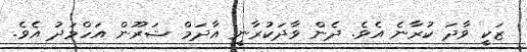
ޒަކީ ވާދަ ކުރާނެ އެވެ. ދެން ވާދަކުރާނީ އާދަމް ޝަރޫން އަހްމަދު އެވެ.